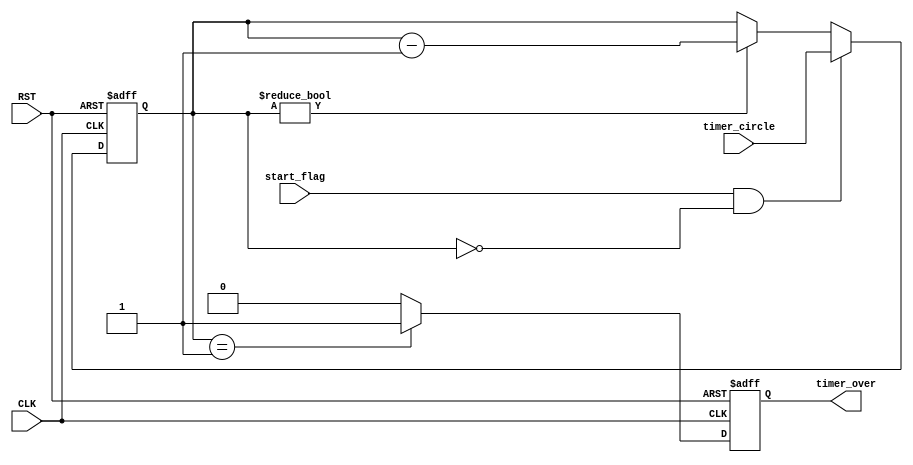
/***********************************************
Module Name:   timer
Feature:       timer with set
Coder:         Garfield
Organization:  XXXX Group, Department of Architecture
------------------------------------------------------
Input ports:   CLK, 1 bit, clock
               RST, 1 bit, reset
               timer_circle, 8 bits, timer with the clock circle
               start_flag, 1 bit, start flag
                           timer starts when the flag is 1
                           as well as counter inside is set
Output Ports:  timer_over, 1 bit, output
                           1 clock circle 1 when timer is over
------------------------------------------------------
History:
12-24-2015: First Version by Garfield
12-24-2015: First verified by Timer_test
***********************************************/

module timer
  ( 
    input CLK, input RST,
    input[7:0] timer_circle,
	  input start_flag,
    output reg timer_over 
  );
  
//Load other module(s)

//Definition for Variables in the module
reg[7:0] counter;
//Inside counter
//Logical
always @(posedge CLK, negedge RST)
begin
    if (!RST)
    //Reset
    begin
        counter <= 8'h00;
    end
    else if ( (start_flag == 1'b1) && (counter == 8'h00) )
    //Timer start with original value
    begin
        counter <= timer_circle;
    end
    else if (counter != 8'h00)
    //Timer on going
    begin
        counter <= counter - 8'h01;
    end
    else
    //Timer is over
    begin
    end
end

always @(posedge CLK, negedge RST)
begin
    if (!RST)
    //Reset
    begin
        timer_over <= 1'b0;
    end
    else if (counter == 8'h01)
    //Timer is over, considering one clock delay
    begin
        timer_over <= 1'b1;
    end
    else
    //Timer on going or not to be started
    begin
        timer_over <= 1'b0;
    end
end
endmodule